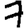
Digit: 7